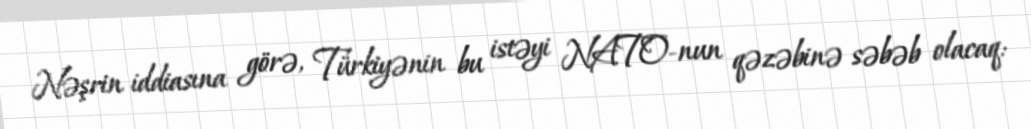
Nəşrin iddiasına görə, Türkiyənin bu istəyi NATO-nun qəzəbinə səbəb olacaq: